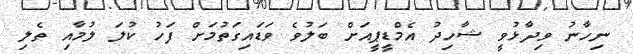
ނިހާނު ވިދާޅުވީ ޝާހިދު އެމްޑީޕީއަށް ބަލުވެ ވަޑައިގަތުމަށް ފަހު ކުލަ ލުމާއި ތެލި